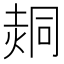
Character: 𰊕